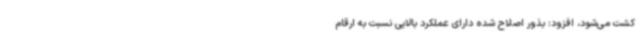
کشت می‌شود، افزود: بذور اصلاح شده دارای عملکرد بالایی نسبت به ارقام